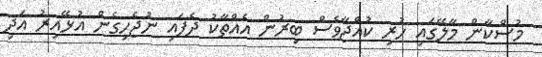
މުސްކާން މާލޭގައި ހުރި ކުއްޖާވެސް ބިރުން އެއްތާކު ދެފައި ނުޖެހިގެން އުޅޭއިރު އަދި